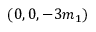
( 0 , 0 , - 3 m _ { 1 } )